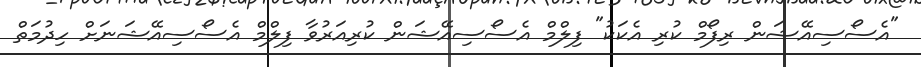
"އެސޯސިއޭޝަން ރިފޯމް ކުރި އެކަކު" ފިލްމް އެސޯސިއޭޝަން ކުރިއަރުވާ ފިލްމް އެސޯސިއޭޝަނަށް ހިދުމަތް